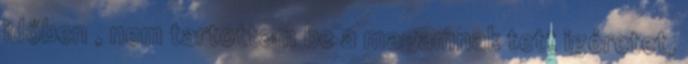
időben , nem tartottam be a magamnak tett igéretet,